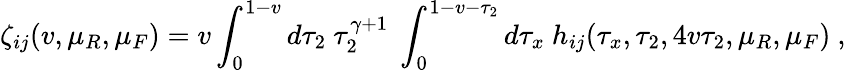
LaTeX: \zeta_{ij}(v,\mu_{R},\mu_{F})=v\int_{0}^{1-v}d\tau_{2}~\tau_{2}^{\gamma+1}~\int_{0}^{1-v-\tau_{2}}d\tau_{x}~h_{ij}(\tau_{x},\tau_{2},4v\tau_{2},\mu_{R},\mu_{F})~,